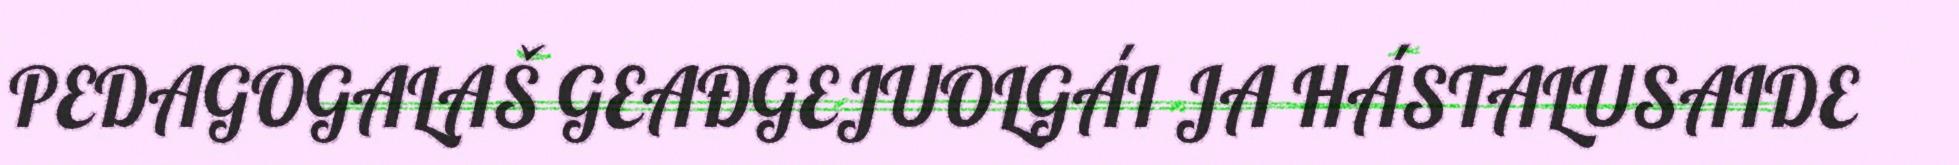
PEDAGOGALAŠ GEAĐGEJUOLGÁI JA HÁSTALUSAIDE